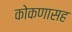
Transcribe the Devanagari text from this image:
कोकणासह